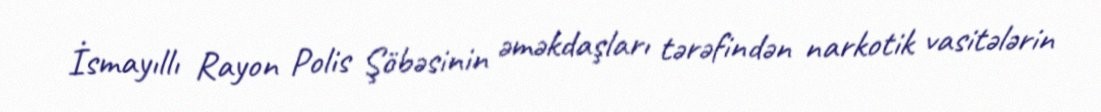
İsmayıllı Rayon Polis Şöbəsinin əməkdaşları tərəfindən narkotik vasitələrin